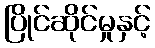
ပြိုင်ဆိုင်မှုနှင့်